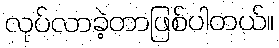
လုပ်လာခဲ့တာဖြစ်ပါတယ်။